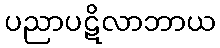
ပညာပဋိလာဘာယ